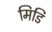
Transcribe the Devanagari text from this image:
मिडि